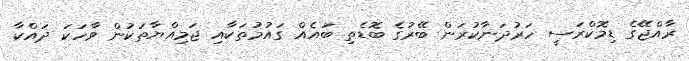
ރާއްޖޭގެ ޑިމޮކްރަސީ ހަރުދަނާކުރަން ބޭރުގެ ބޮޑެތި ބައެއް ގައުމުތަކާއި ޖަމިއްޔާތަކުން ވާހަކަ ދައްކާ